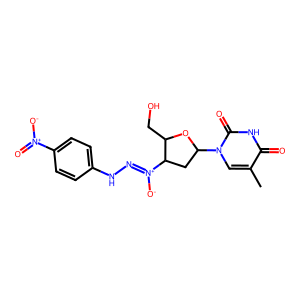
SMILES: Cc1cn(C2CC([N+]([O-])=NNc3ccc([N+](=O)[O-])cc3)C(CO)O2)c(=O)[nH]c1=O
Inhibits HIV replication: No